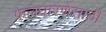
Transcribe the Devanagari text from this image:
फलधारणेसाठी